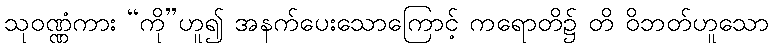
သုဝဏ္ဏံကား “ကို”ဟူ၍ အနက်ပေးသောကြောင့် ကရောတိ၌ တိ ဝိဘတ်ဟူသော